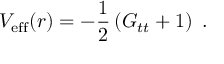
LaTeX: V _ { \mathrm { e f f } } ( r ) = - \frac { 1 } { 2 } \left( G _ { t t } + 1 \right) \ .